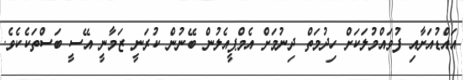
އައްޑުއަށާއި ފުވައްމުލަކަށް ހިދުމަތް ދިނުމަށް އެމްޕީއެލުން ބޭނުން ކުރަނީ ޒަމާނީ އޭސީ ބަސްތަކެކެވެ.